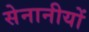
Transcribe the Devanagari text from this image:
सेनानीयों